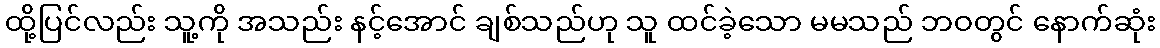
ထို့ပြင်လည်း သူ့ကို အသည်း နင့်အောင် ချစ်သည်ဟု သူ ထင်ခဲ့သော မမသည် ဘဝတွင် နောက်ဆုံး